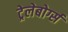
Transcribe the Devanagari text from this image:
ट्रेलेबोर्ग्स